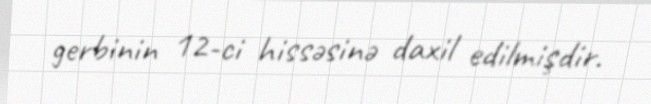
gerbinin 12-ci hissəsinə daxil edilmişdir.